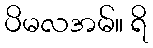
ပိမလအမ်။ ရိ